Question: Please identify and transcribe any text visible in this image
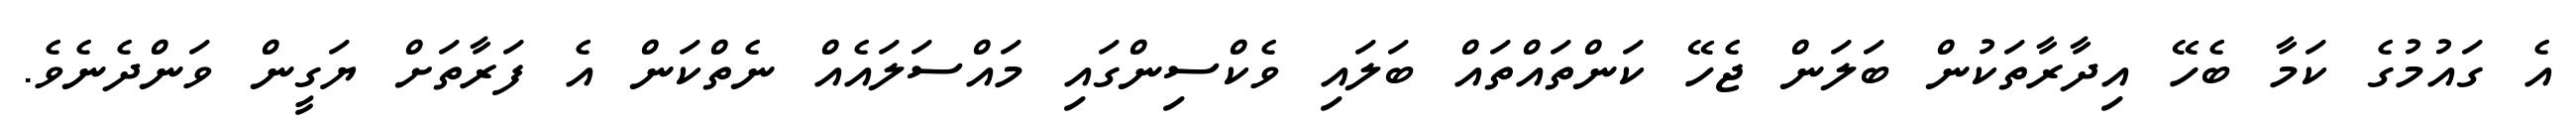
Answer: އެ ގައުމުގެ ކަމާ ބެހޭ އިދާރާތަކުން ބަލަން ޖެހޭ ކަންތައްތައް ބަލައި ވެކްސިންގައި މައްސަލައެއް ނެތްކަން އެ ފަރާތަށް ޔަގީން ވަންދެނެވެ.